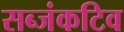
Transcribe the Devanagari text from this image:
सब्जंकटिव